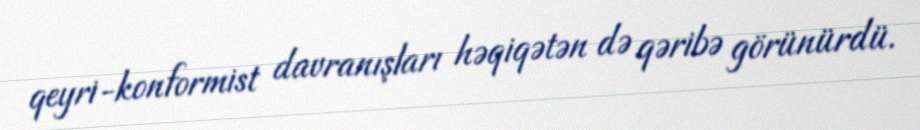
qeyri-konformist davranışları həqiqətən də qəribə görünürdü.